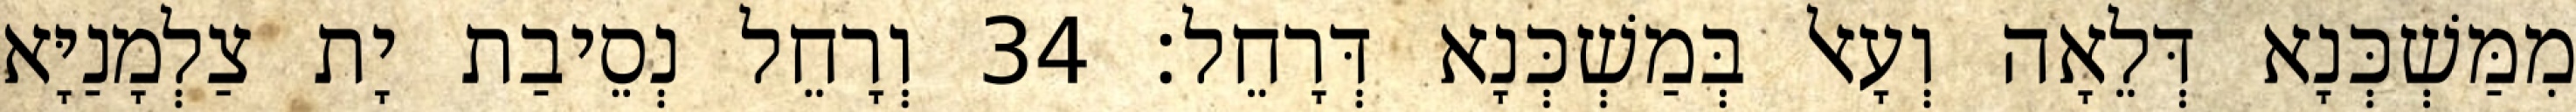
מִמַּשְׁכְּנָא דְּלֵאָה וְעָאל בְּמַשְׁכְּנָא דְּרָחֵל׃ 34 וְרָחֵל נְסֵיבַת יָת צַלְמָנַיָּא